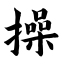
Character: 操